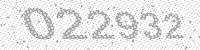
Solution: 022932